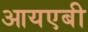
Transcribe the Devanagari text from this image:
आयएबी